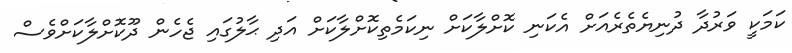
ކަމަކީ ވަރުދާ ދުނިޔެތެރެއަށް އެކަނި ކޮށްލާކަށް ނިކަމެތިކޮށްލާކަށް އަދި ޙާލުގައި ޖެހެން ދޫކޮށްލާކަށްވެސް